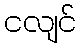
ငလျင်